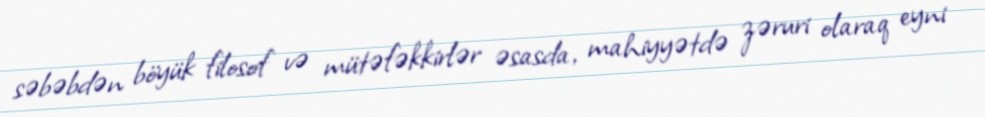
səbəbdən böyük filosof və mütəfəkkirlər əsasda, mahiyyətdə zəruri olaraq eyni